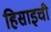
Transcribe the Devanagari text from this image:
हिसाइची